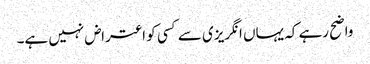
واضح رہے کہ یہاں انگریزی سے کسی کو اعتراض نہیں ہے۔